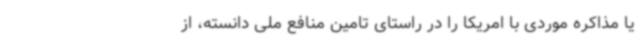
یا مذاکره موردی با امریکا را در راستای تامین منافع ملی دانسته، از